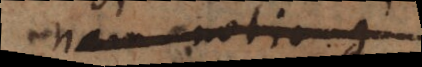
Nam notio